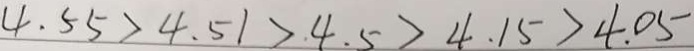
4 . 5 5 > 4 . 5 1 > 4 . 5 > 4 . 1 5 > 4 . 0 5